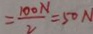
= \frac { 1 0 0 N } { 2 } = 5 0 N